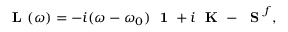
\mathrm { ~ \bf ~ L ~ } ( \omega ) = - i ( \omega - \omega _ { 0 } ) \mathrm { ~ \bf ~ 1 ~ } + i \mathrm { ~ \bf ~ K ~ } - \mathrm { ~ \bf ~ S ~ } ^ { f } ,